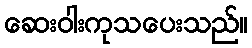
ဆေးဝါးကုသပေးသည်။